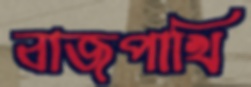
বাজপাখি